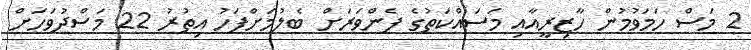
2 މަސް ހަމަވުމުން ހާޒިރީއާއި މަސައްކަތުގެ ފެންވަރަށް ބެލުމަށްފަހު އިތުރު 22 މަސްދުވަހަށް